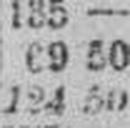
124 50